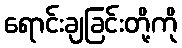
ရောင်းချခြင်းတို့ကို